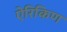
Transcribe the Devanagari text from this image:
ऐरिकिण